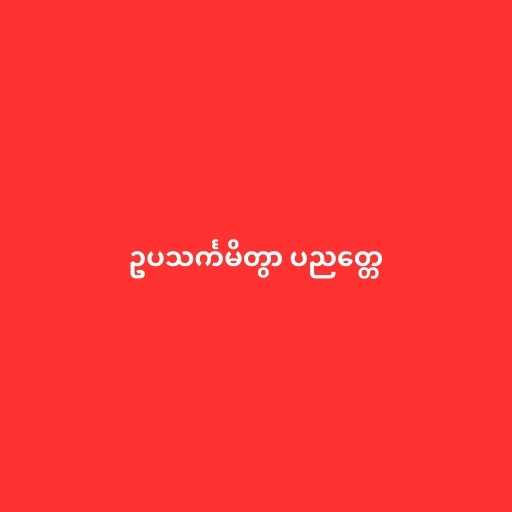
ဥပသင်္ကမိတွာ ပညတ္တေ